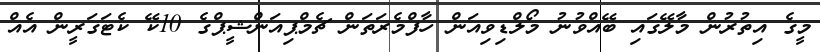
މީގެ އިތުރުން މާލޭގައި ބޭއްވުނު މޯލްޑިވިއަން ހާފްމެރަތަން ޗެމްޕިއަންޝީޕްގެ 10ކޭ ކެޓަގަރީން އެއް